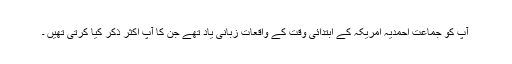
آپ کو جماعت احمدیہ امریکہ کے ابتدائی وقت کے واقعات زبانی یاد تھے جن کا آپ اکثر ذکر کیا کرتی تھیں ۔